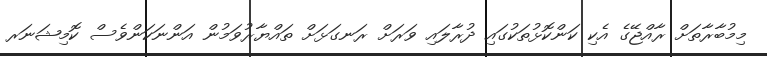
މިމުބާރާތަށް ރާއްޖޭގެ އެކި ކަންކޮޅުތަކުގައި ދުރާލައި ވަރަށް ރަނގަޅަށް ތައްޔާރުވަމުން އަންނަކަންވެސް ކޮމިޝަނަރ